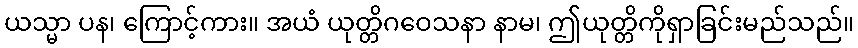
ယသ္မာ ပန၊ ကြောင့်ကား။ အယံ ယုတ္တိဂဝေသနာ နာမ၊ ဤယုတ္တိကိုရှာခြင်းမည်သည်။